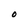
Character: O